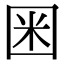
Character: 𡇒